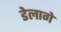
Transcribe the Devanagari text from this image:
डेलागे